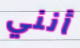
أنني